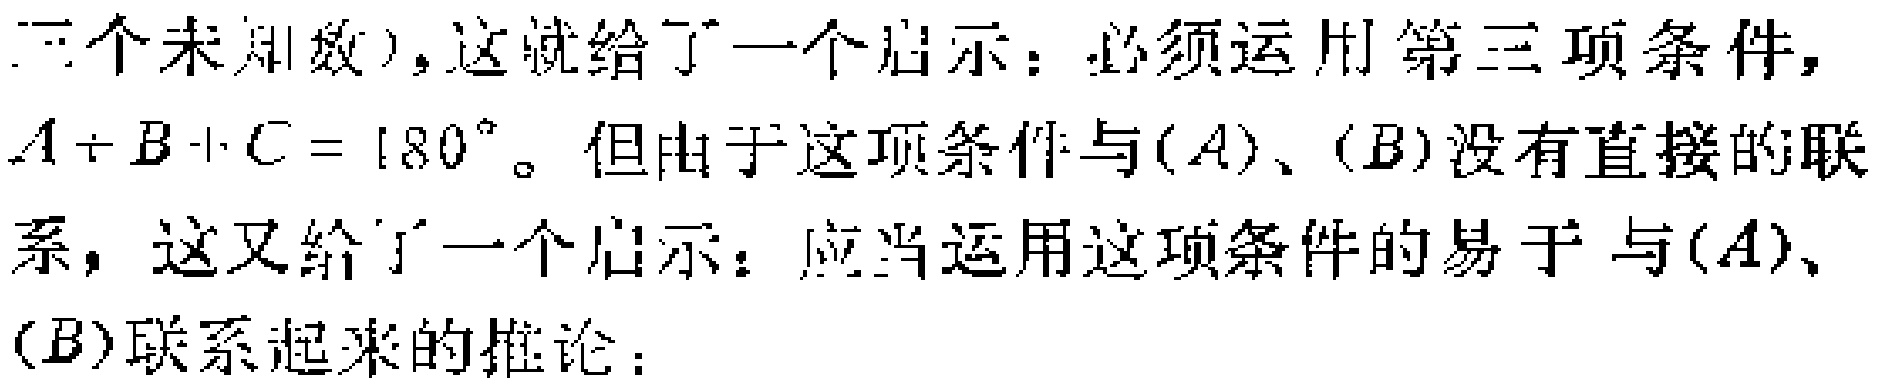
三个未知数), 这就给了一个启示: 必须运用第三项条件,

\(A + B + C = 180^{\circ}\)。但由于这项条件与\((A)\)、\((B)\)没有直接的联系, 这又给了一个启示: 应当运用这项条件的易于与\((A)\)、

\((B)\)联系起来的推论: